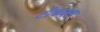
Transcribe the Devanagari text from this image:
टीकला